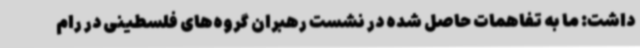
داشت: ما به تفاهمات حاصل شده در نشست رهبران گروه‌های فلسطینی در رام